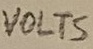
Text: VOLTS